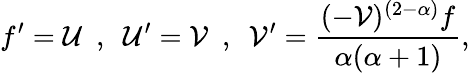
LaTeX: f^{\prime}=\mathcal{U}~~,~~\mathcal{U}^{\prime}=\mathcal{V}~~,~~\mathcal{V}^{\prime}=\frac{(-\mathcal{V})^{(2-\alpha)}f}{\alpha(\alpha+1)},